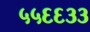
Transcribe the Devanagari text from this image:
५५६६३३